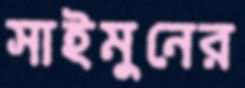
সাইমুনের